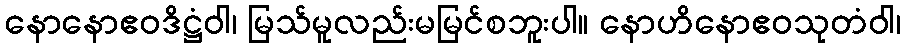
နောနောဧဝဒိဋ္ဌံဝါ၊ မြသ်မူလည်းမမြင်စဘူးပါ။ နောဟိနောဧဝသုတံဝါ၊